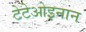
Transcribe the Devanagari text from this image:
टेटेओइनान